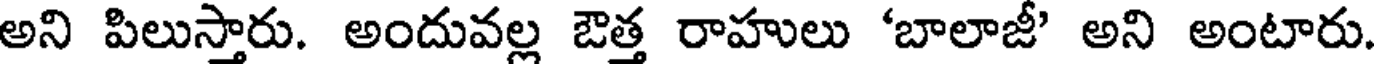
అని పిలుస్తారు. అందువల్ల ఔత్త రాహులు 'బాలాజీ' అని అంటారు.